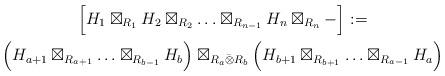
LaTeX: \begin{gather*} \Big[ H_1 \boxtimes_{R_1} H_2 \boxtimes_{R_2} \ldots \boxtimes_{R_{n-1}} H_n \boxtimes_{R_n} - \Big]_{}:=\\\Big(H_{a+1} \boxtimes_{R_{a+1}} \ldots \boxtimes_{R_{b-1}} H_b\Big)\boxtimes_{R_a^{}\bar\otimes R_b}\Big(H_{b+1} \boxtimes_{R_{b+1}} \ldots \boxtimes_{R_{a-1}} H_a\Big)\end{gather*}